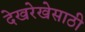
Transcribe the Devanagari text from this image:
देखरेखेसाठी